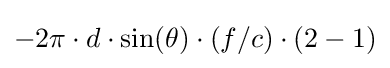
-2\pi \cdot d\cdot \sin(\theta )\cdot (f/c)\cdot (2-1)